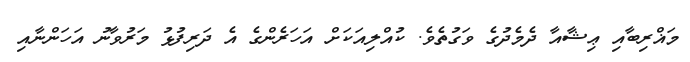
މަޣްރިބާއި ޢިޝާއާ ދެމެދުގެ ވަގުތެވެ. ކުއްލިއަކަށް އަހަރެންގެ އެ ދަރިފުޅު މަރުވާނު އަހަންނާއި